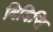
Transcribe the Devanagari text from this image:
बिबिसि